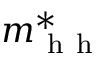
m _ { \mathrm { ~ h ~ h ~ } } ^ { * }